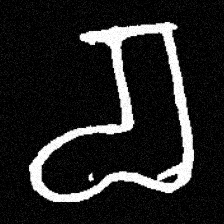
Pyu character \u2014 Myanmar letter: စ (romanized: ca)